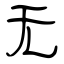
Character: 无